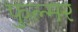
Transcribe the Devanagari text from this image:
फुल्मर